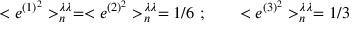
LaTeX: < { e } ^ { ( 1 ) ^ { 2 } } > _ { n } ^ { \lambda \lambda } = < { e } ^ { ( 2 ) ^ { 2 } } > _ { n } ^ { \lambda \lambda } = 1 / 6 \ ; \qquad < { e } ^ { ( 3 ) ^ { 2 } } > _ { n } ^ { \lambda \lambda } = 1 / 3